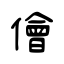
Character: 儈